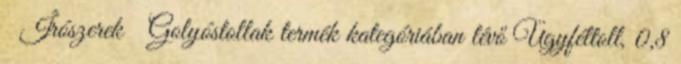
Írószerek Golyóstollak termék kategóriában lévő Ügyféltoll, 0,8